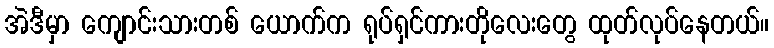
အဲဒီမှာ ကျောင်းသားတစ် ယောက်က ရုပ်ရှင်ကားတိုလေးတွေ ထုတ်လုပ်နေတယ်။